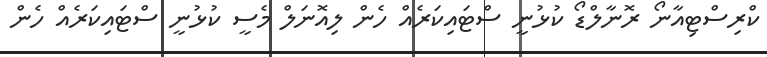
ކްރިސްޓިއާނޯ ރޮނާލްޑޯ ކުޅުނީ ސްޓައިކަރެއް ހެން ލިއޮނަލް މެސީ ކުޅުނީ ސްޓައިކަރެއް ހެން